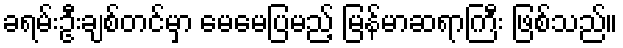
ခရမ်းဦးချစ်တင်မှာ မေမေပြမည့် မြန်မာဆရာကြီး ဖြစ်သည်။